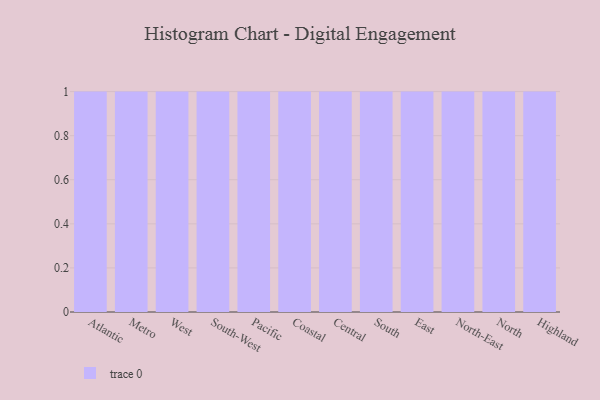
{"axis": {"x": "Region", "y": "Shipments"}, "legend": [""], "data": [{"x": "Atlantic", "y": 26, "type": ""}, {"x": "Metro", "y": 93, "type": ""}, {"x": "West", "y": 97, "type": ""}, {"x": "South-West", "y": 42, "type": ""}, {"x": "Pacific", "y": 83, "type": ""}, {"x": "Coastal", "y": 39, "type": ""}, {"x": "Central", "y": 1, "type": ""}, {"x": "South", "y": 81, "type": ""}, {"x": "East", "y": 43, "type": ""}, {"x": "North-East", "y": 32, "type": ""}, {"x": "North", "y": 71, "type": ""}, {"x": "Highland", "y": 71, "type": ""}]}